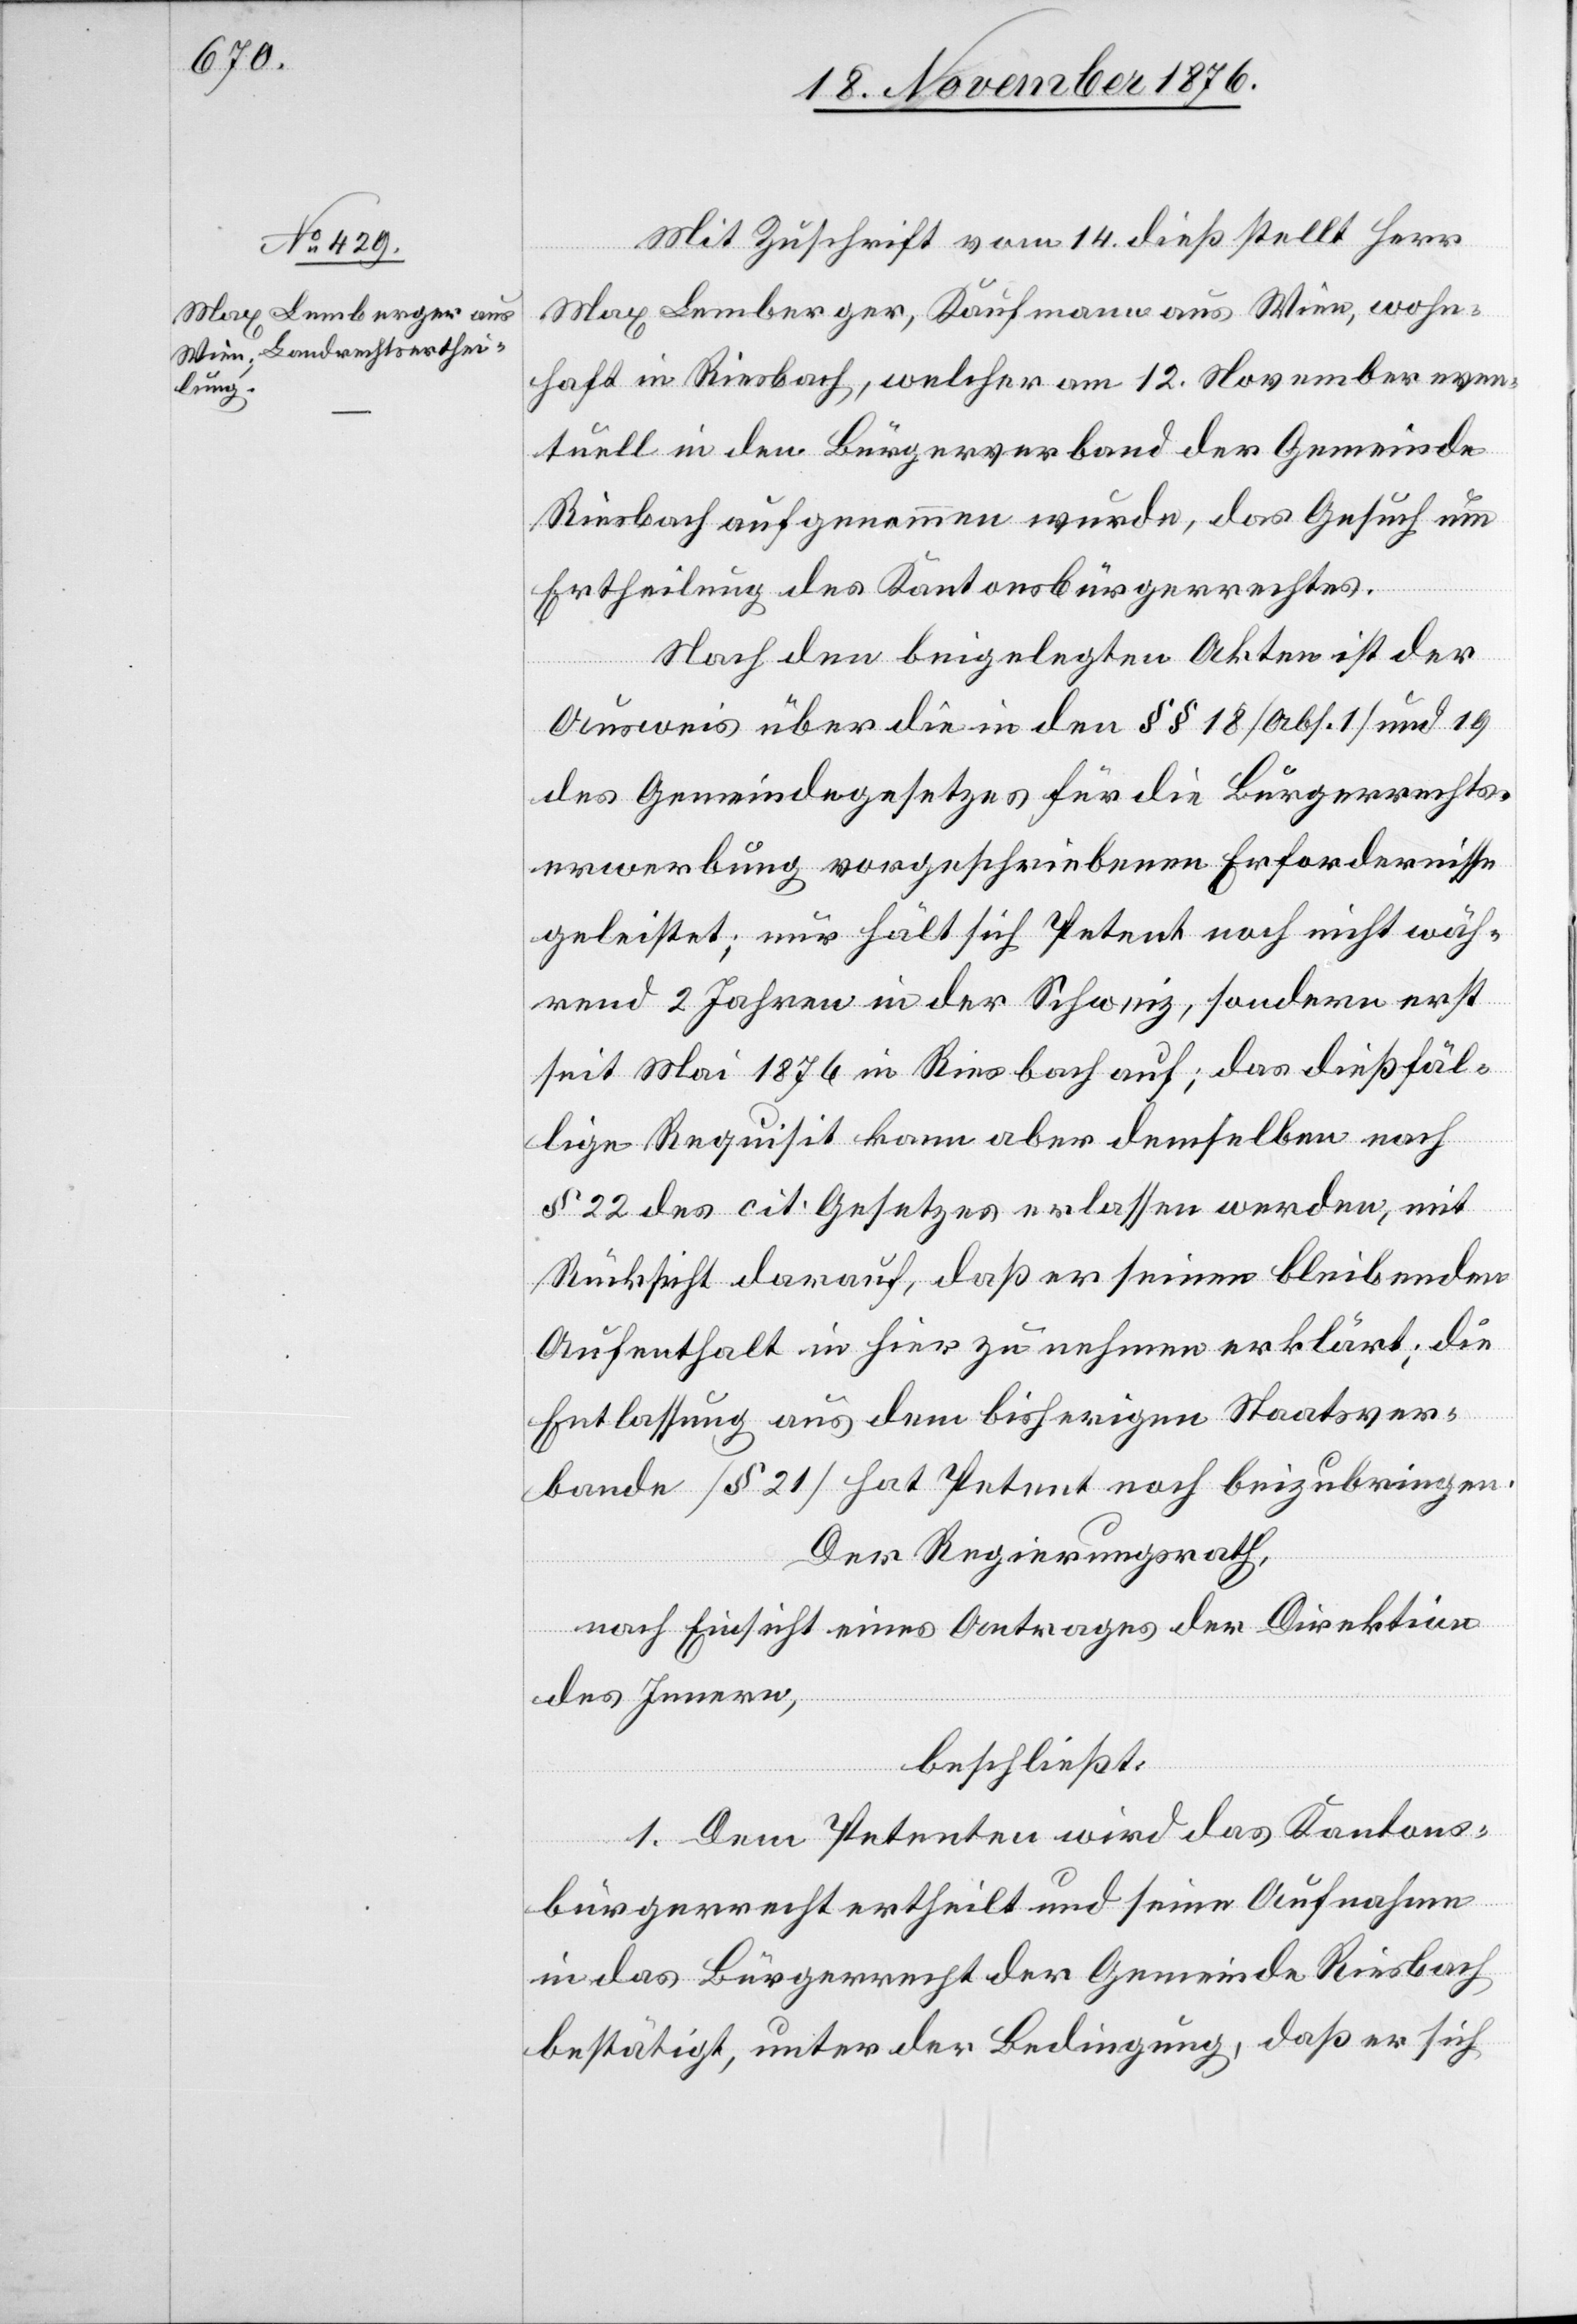
Mit Zuschrift vom 14. dieß stellt Herr
Max Lemberger, Kaufmann aus Wien, wohn¬
haft in Riesbach, welcher am 12. November even¬
tuell in den Bürgerverband der Gemeinde
Riesbach aufgenommen wurde, das Gesuch um
Ertheilung des Kantonsbürgerrechtes.
Nach den beigelegten Akten ist der
Ausweis über die in den §§ 18 [Abs. 1] und 19
des Gemeindegesetzes für die Bürgerrechts¬
erwerbung vorgeschriebenen Erfordernisse
geleistet; nur hält sich Petent noch nicht wäh¬
rend 2 Jahren in der Schweiz, sondern erst
seit Mai 1876 in Riesbach auf, das dießfäl¬
lige Requisit kann aber demselben nach
§ 22 des cit. Gesetzes erlassen werden, mit
Rücksicht darauf, daß er seinen bleibenden
Aufenthalt in hier zu nehmen erklärt; die
Entlassung aus dem bisherigen Staatsver¬
bande [§ 21] hat Petent noch beizubringen.
Der Regierungsrath,
nach Einsicht eines Antrages der Direktion
des Innern,
beschließt:
1. Dem Petenten wird das Kantons¬
bürgerrecht ertheilt und seine Aufnahme
in das Bürgerrecht der Gemeinde Riesbach
bestätigt, unter der Bedingung, daß er sich